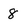
Character: 8